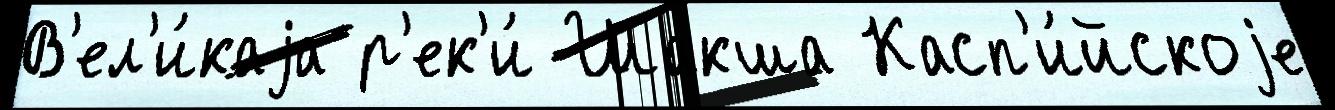
В'ел'и́каjа р'ек'и́ Шакша Касп'и́йскоjе